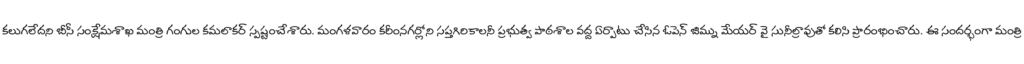
కలుగలేదని బీసీ సంక్షేమశాఖ మంత్రి గంగుల కమలాకర్ స్పష్టంచేశారు. మంగళవారం కరీంనగర్లోని సప్తగిరికాలనీ ప్రభుత్వ పాఠశాల వద్ద ఏర్పాటు చేసిన ఓపెన్ జిమ్ను మేయర్ వై సునీల్రావుతో కలిసి ప్రారంభించారు. ఈ సందర్భంగా మంత్రి